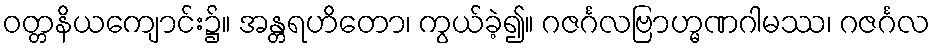
ဝတ္တနိယကျောင်း၌။ အန္တရဟိတော၊ ကွယ်ခဲ့၍။ ဂဇင်္ဂလဗြာဟ္မဏဂါမဿ၊ ဂဇင်္ဂလ